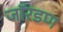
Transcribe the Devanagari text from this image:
जॉरडण